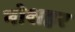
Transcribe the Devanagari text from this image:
नोशहर